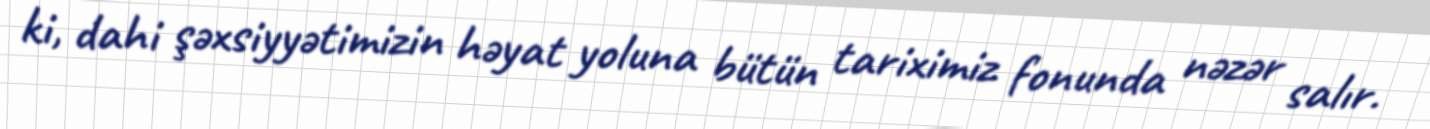
ki, dahi şəxsiyyətimizin həyat yoluna bütün tariximiz fonunda nəzər salır.